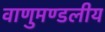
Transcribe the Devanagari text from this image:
वाणुमण्डलीय